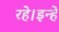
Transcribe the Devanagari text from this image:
रहे।इन्हे